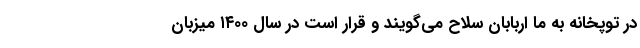
در توپخانه به ما اربابان سلاح می‌گویند و قرار است در سال ۱۴۰۰ میزبان